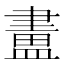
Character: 𥂛